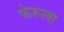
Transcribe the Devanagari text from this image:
फेरुला